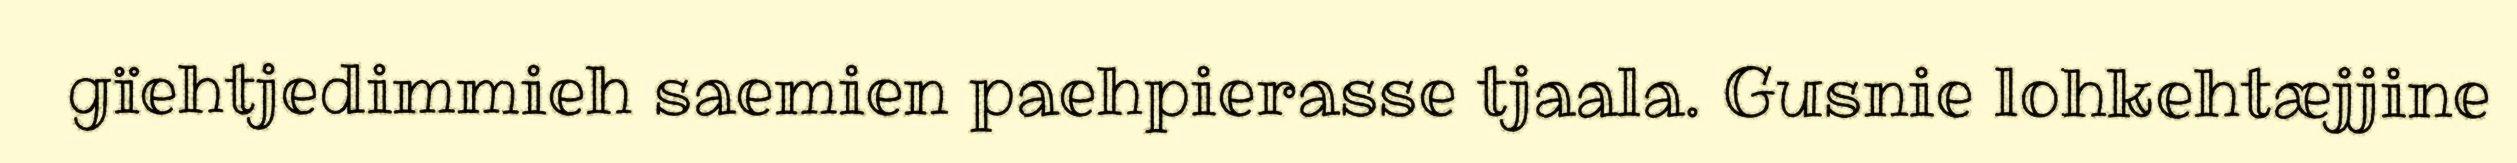
gïehtjedimmieh saemien paehpierasse tjaala. Gusnie lohkehtæjjine